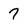
Character: 7